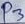
Text: P3